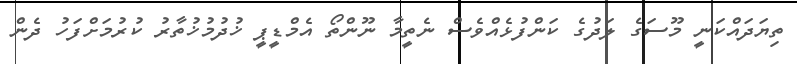
ތިޔަދައްކަނީ މޫސަގެ ލަދުގެ ކަންފުޅެއްވެސް ނެތީމާ ނޫންތޯ އެމްޑީޕީ ޚުދުމުޚުތާރު ކުރުމަށްފަހު ދެން